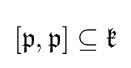
[{\mathfrak {p}},{\mathfrak {p}}]\subseteq {\mathfrak {k}}